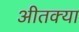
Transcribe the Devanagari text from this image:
अीतक्या